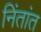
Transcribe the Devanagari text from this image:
निंतांत